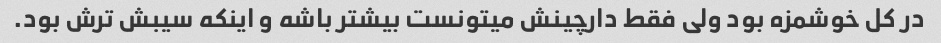
در کل خوشمزه بود ولی فقط دارچینش میتونست بیشتر باشه و اینکه سیبش ترش بود.